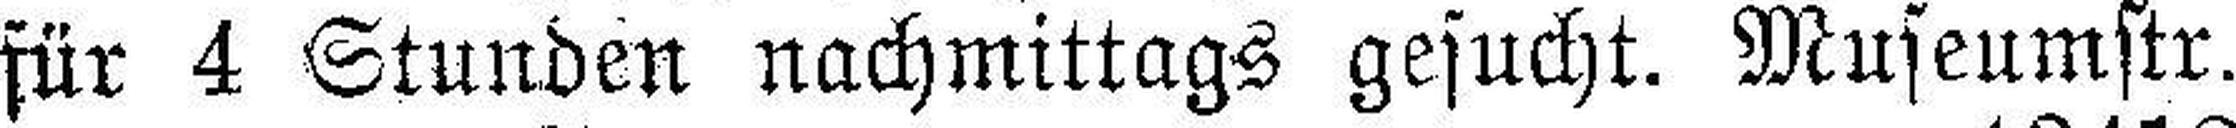
für 4 Stunden nachmittags gesucht. Museumstr.